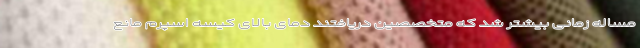
مساله زمانی بیشتر شد که متخصصین دریافتند دمای بالای کیسه اسپرم مانع